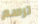
ترسم